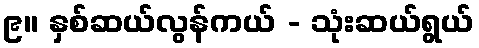
၉။ နှစ်ဆယ်လွန်ကယ် - သုံးဆယ်ရွယ်